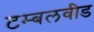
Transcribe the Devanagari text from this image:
टम्बलवीड